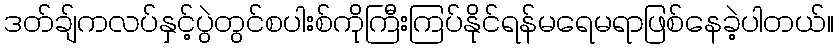
ဒတ်ချ်ကလပ်နှင့်ပွဲတွင်စပါးစ်ကိုကြီးကြပ်နိုင်ရန်မရေမရာဖြစ်နေခဲ့ပါတယ်။